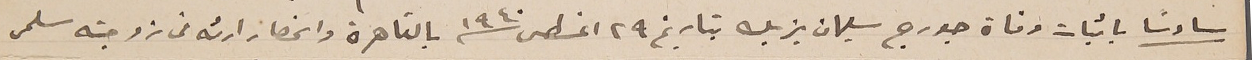
سادساً باثبات وفاة جورج سليمان يزبك بتاريخ ٢٩ اغسطس ١٩٤٠ بالقاهرة وانحصار ارثه من زوجته سلمى